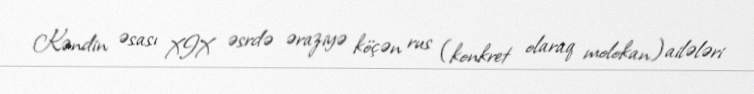
Kəndin əsası XIX əsrdə əraziyə köçən rus (konkret olaraq molokan) ailələri